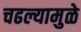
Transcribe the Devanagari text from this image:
चढल्यामुळे